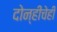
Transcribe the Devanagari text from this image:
दोन्हीचेही